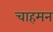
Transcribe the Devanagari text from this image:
चाहमन